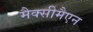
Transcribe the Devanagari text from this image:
मैक्सीमैएन